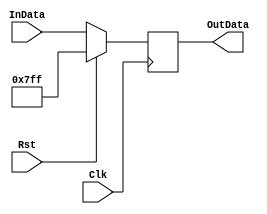
module register_32bit_SP(
    input Rst,
    input Clk,
    input[31:0] InData,
    output[31:0] OutData
);

reg[31:0] Data;
assign OutData=Data;

always @(posedge Clk)
begin
if(Rst)
  Data<=2047;
else
  Data<=InData;
end


endmodule